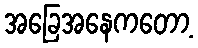
အခြေအနေကတော့